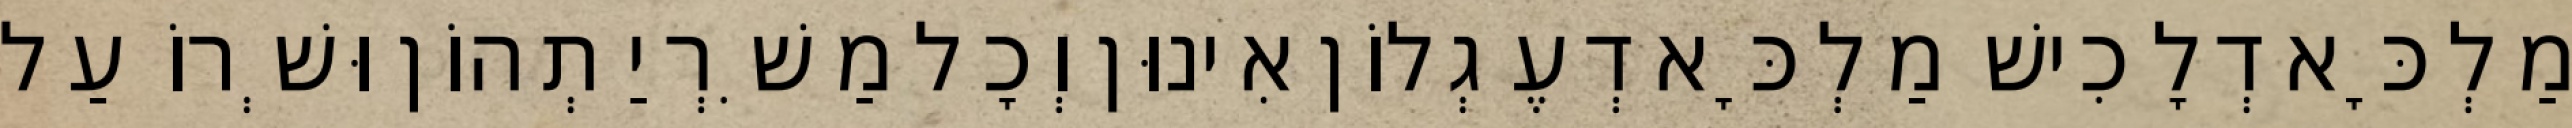
מַלְכָּא דְלָכִישׁ מַלְכָּא דְעֶגְלוֹן אִינוּן וְכָל מַשִׁרְיַתְהוֹן וּשְׁרוֹ עַל